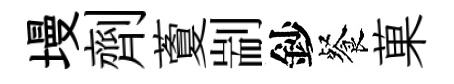
墁劑藑剬鈔餐菓